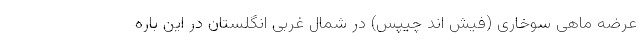
عرضه ماهی سوخاری (فیش اند چیپس) در شمال غربی انگلستان در این باره